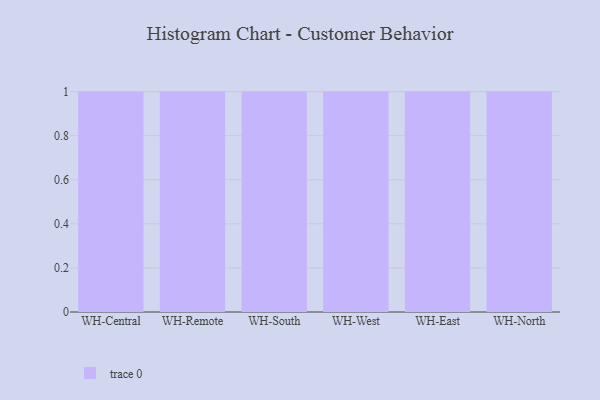
{"axis": {"x": "Warehouse", "y": "Inventory Turnover"}, "legend": [""], "data": [{"x": "WH-Central", "y": 9, "type": ""}, {"x": "WH-Remote", "y": 43, "type": ""}, {"x": "WH-South", "y": 73, "type": ""}, {"x": "WH-West", "y": 9, "type": ""}, {"x": "WH-East", "y": 59, "type": ""}, {"x": "WH-North", "y": 47, "type": ""}]}